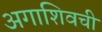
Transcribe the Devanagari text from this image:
अगाशिवची